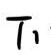
$T_{1}$